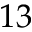
1 3